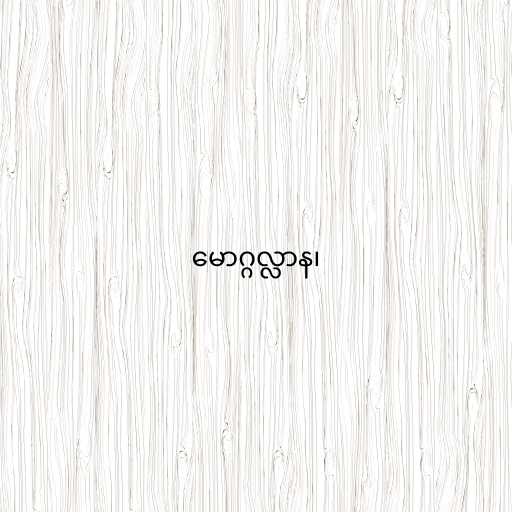
မောဂ္ဂလ္လာန၊